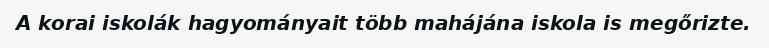
A korai iskolák hagyományait több mahájána iskola is megőrizte.